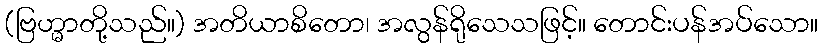
(ဗြဟ္မာတို့သည်။) အတိယာစိတော၊ အလွန်ရိုသေသဖြင့်။ တောင်းပန်အပ်သော။